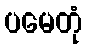
ပမေတုံ